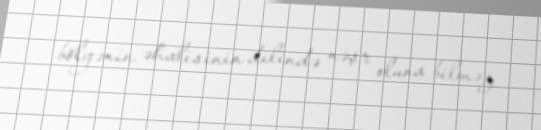
bölgənin əhalisinin dilində nəşr oluna bilməz.